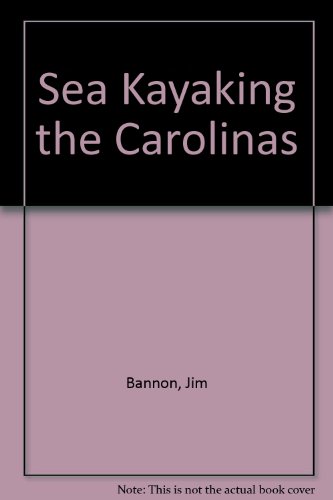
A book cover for Sea Kayaking the Carolinas; James Bannon; Travel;